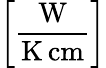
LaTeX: \left[\frac{\mathrm{W}}{\mathrm{K}\, \mathrm{cm}}\right]